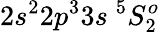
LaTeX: {2s^{2}2p^{3}3s~^{5}S_{2}^{o}}